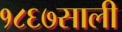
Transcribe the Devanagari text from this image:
१८६७साली